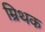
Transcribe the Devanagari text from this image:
म्रिथक